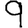
Digit: 9